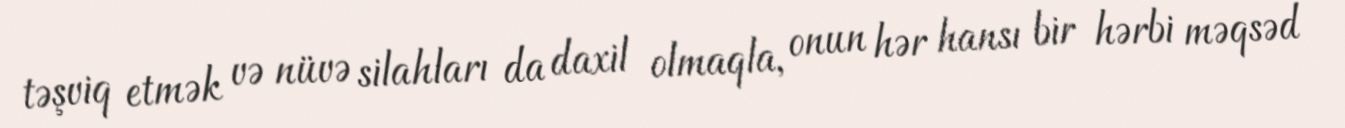
təşviq etmək və nüvə silahları da daxil olmaqla, onun hər hansı bir hərbi məqsəd